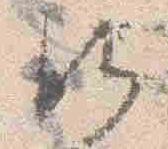
御